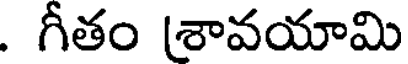
. గీతం శావయామి